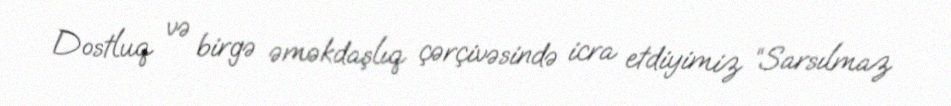
Dostluq və birgə əməkdaşlıq çərçivəsində icra etdiyimiz “Sarsılmaz